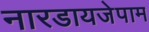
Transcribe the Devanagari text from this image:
नारडायजेपाम